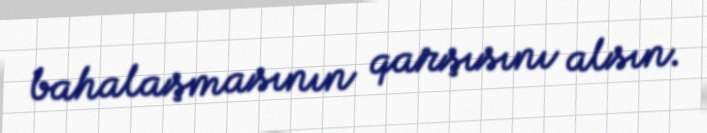
bahalaşmasının qarşısını alsın.